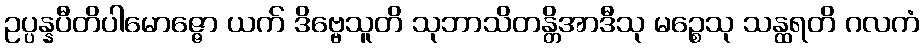
ဥပ္ပန္နပီတိပါမောဇ္ဇော ယက် ဒိဗ္ဗေသူတိ သုဘာသိတန္တိအာဒီသု မဉ္စေသု သန္ထရတိ ဂလကံ